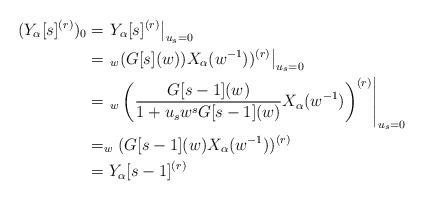
LaTeX: \begin{align*}(Y_\alpha[s]^{(r)})_0&=\left.Y_\alpha[s]^{(r)}\right|_{u_s=0}\\&=\left._w(G[s](w))X_\alpha(w^{-1}))^{(r)}\right|_{u_s=0}\\&=\left._w\left (\frac{G[s-1](w)}{1+u_{s}w^{s}G[s-1](w)}X_\alpha(w^{-1})\right)^{(r)}\right|_{u_s=0}\\&=_w(G[s-1](w)X_\alpha(w^{-1}))^{(r)}\\&=Y_\alpha[s-1]^{(r)}\end{align*}